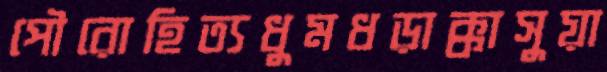
পৌরোহিত্যধুমধড়াক্কাসুয়া